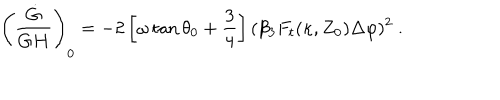
\left( { \frac { \dot { G } } { G H } } \right) _ { 0 } = - 2 \left[ \omega \tan \theta _ { 0 } + { \frac { 3 } { 4 } } \right] ( \beta _ { 3 } F _ { t } ( \kappa , Z _ { 0 } ) \Delta \varphi ) ^ { 2 } \ .